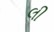
લી